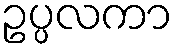
ဥပ္ပလကာ